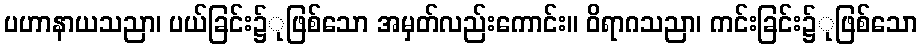
ပဟာနာယသညာ၊ ပယ်ခြင်း၌ုဖြစ်သော အမှတ်လည်းကောင်း။ ဝိရာဂသညာ၊ ကင်းခြင်း၌ုဖြစ်သော